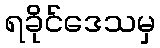
ရခိုင်ဒေသမှ